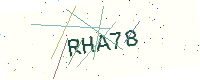
Text: RHA78